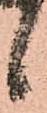
候